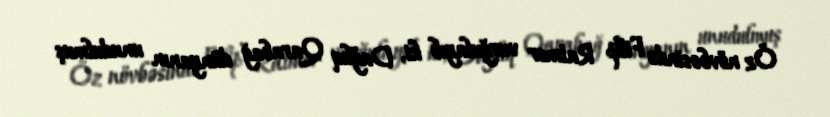
Öz növbəsində Filip Ratmer vurğulayıb ki, Dağlıq Qarabağ dünyanın unudulmuş